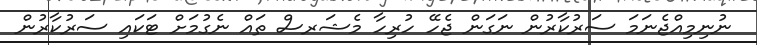
ނުނިމިއްޖެނަމަ ސަރުކާރުން ނަގަން ޖެހޭ ހުރިހާ މެޝަރސް ތައް ނެގުމަށް ޓަކައި ސަރުކާރުން